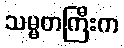
သမ္မတကြီးက